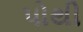
પોથી